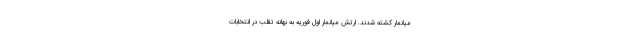
میانمار کشته شدند. ارتش میانمار اول فوریه به بهانه تقلب در انتخابات